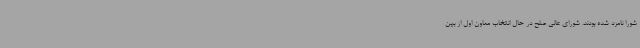
شورا نامزد شده‌ بودند. شورای عالی صلح در حال انتخاب معاون اول از بین